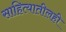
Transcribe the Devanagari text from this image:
साहित्यातीलही